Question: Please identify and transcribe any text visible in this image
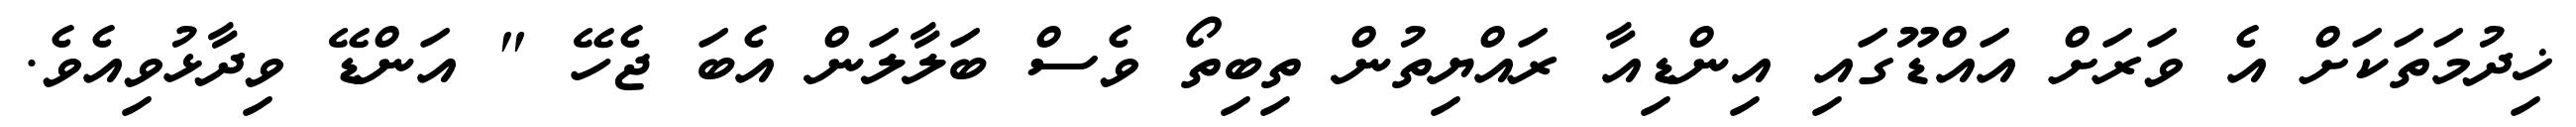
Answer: ޚިދުމަތަކަށް އެ ވަރަށް އައްޑޫގައި އިންޑިއާ ރައްޔިތުން ތިބިތޯ ވެސް ބަލާލަން އެބަ ޖެހޭ " އަންޑޭ ވިދާޅުވިއެވެ.